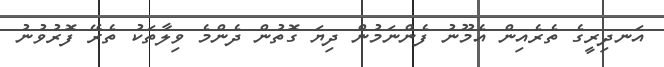
އަނދިރީގެ ތެރެއިން އެމޫނު ފެންނަމުން ދިޔަ ގޮތުން ދެންމެ ވިލާތަކު ތެރޭ ފޮރުވުނު